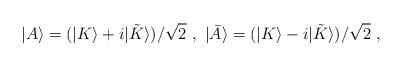
LaTeX: \begin{align*}|A\rangle = (|K\rangle + i|{\tilde K}\rangle )/\sqrt{2}\ , \ |{\bar A}\rangle = (|K\rangle - i|{\tilde K}\rangle )/\sqrt{2}\ ,\end{align*}